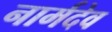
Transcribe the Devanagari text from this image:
नार्मदेव